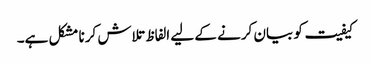
کیفیت کو بیان کرنے کے لیے الفاظ تلاش کرنا مشکل ہے۔